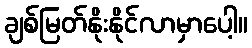
ချစ်မြတ်နိုးနိုင်လာမှာပေါ့။